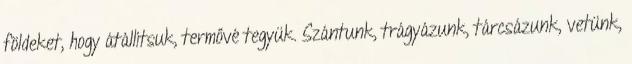
földeket, hogy átállítsuk, termővé tegyük. Szántunk, trágyázunk, tárcsázunk, vetünk,